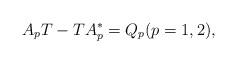
LaTeX: \begin{align*}&A_pT-TA_p^*=Q_p (p=1,2), \end{align*}